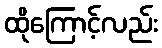
ထိုကြောင့်လည်း